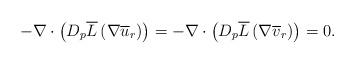
LaTeX: \begin{align*} -\nabla \cdot \left( D_p\overline{L} \left( \nabla\overline{u}_r \right) \right) = - \nabla \cdot \left( D_p \overline{L} \left( \nabla \overline{v}_r \right) \right) = 0.\end{align*}